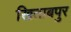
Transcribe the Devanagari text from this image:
खिताबपुर